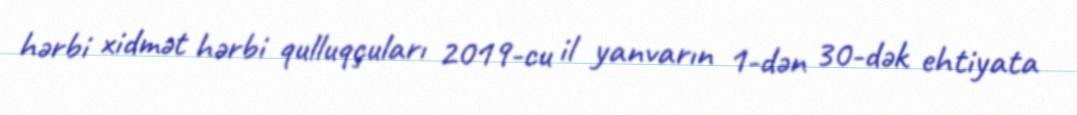
hərbi xidmət hərbi qulluqçuları 2019-cu il yanvarın 1-dən 30-dək ehtiyata